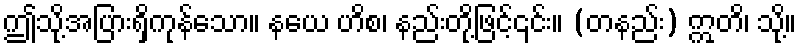
ဤသို့အပြားရှိကုန်သော။ နယေ ဟိစ၊ နည်းတို့ဖြင့်၎င်း။ (တနည်း) ဣတိ၊ သို့။